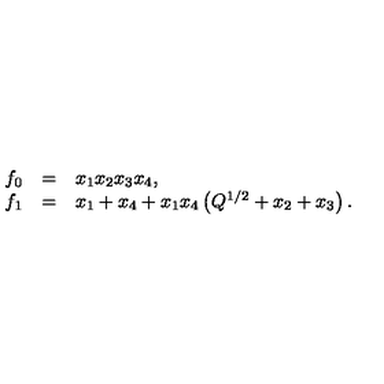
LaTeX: \begin{array} { l l l } { f _ { 0 } } & { = } & { x _ { 1 } x _ { 2 } x _ { 3 } x _ { 4 } , } \\ { f _ { 1 } } & { = } & { x _ { 1 } + x _ { 4 } + x _ { 1 } x _ { 4 } \left( Q ^ { 1 / 2 } + x _ { 2 } + x _ { 3 } \right) . } \\ \end{array}